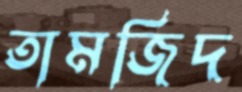
তামজিদ